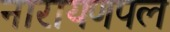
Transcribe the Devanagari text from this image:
नारायणपल